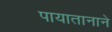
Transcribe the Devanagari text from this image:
पायातानाने